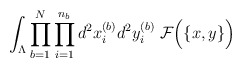
\begin{align*}\int_{\Lambda} \prod_{b=1}^N \prod_{i=1}^{n_b}d^2x_{i}^{(b)} d^2y_{i}^{(b)} \;{\cal F}\Big( \{ x, y \} \Big)\end{align*}